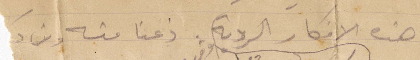
هذه الأفكار الردية ذعنا منه ومن